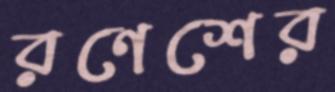
রণেশের